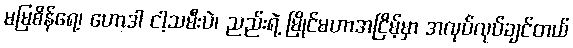
မမြစိန်ရေ့၊ ဟောဒါ ငါ့သမီးပဲ၊ ညည်းရဲ့ မြိုင်မဟာအငြိမ့်မှာ အလုပ်လုပ်ချင်တယ်